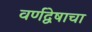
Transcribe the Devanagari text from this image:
वर्णद्वेषाचा